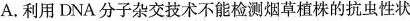
A.利用DNA分子杂交技术不能检测烟草植株的抗虫性状